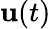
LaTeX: {\textbf{u}}(t)